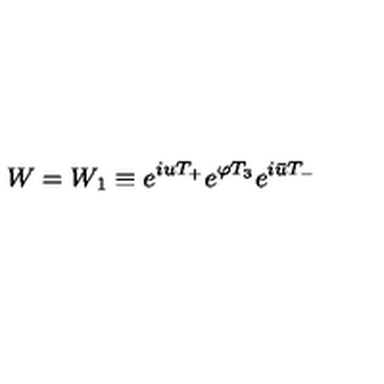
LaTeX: W = W _ { 1 } \equiv e ^ { i u T _ { + } } e ^ { \varphi T _ { 3 } } e ^ { i \bar { u } T _ { - } }